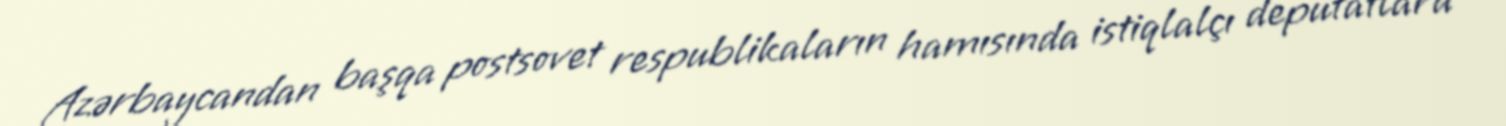
Azərbaycandan başqa postsovet respublikaların hamısında istiqlalçı deputatlara